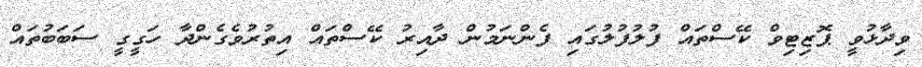
ވިދާޅުވީ ޕޮޒިޓިވް ކޭސްތައް ފުލުފުލުގައި ފެންނަމުން ދާއިރު ކޭސްތައް އިތުރުވެގެންދާ ހަގީގީ ސަބަބުތައް